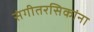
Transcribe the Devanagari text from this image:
संगीतरसिकांना